Annual report on the working of the Harcourt Butler Institute of Public Health, Rangoon
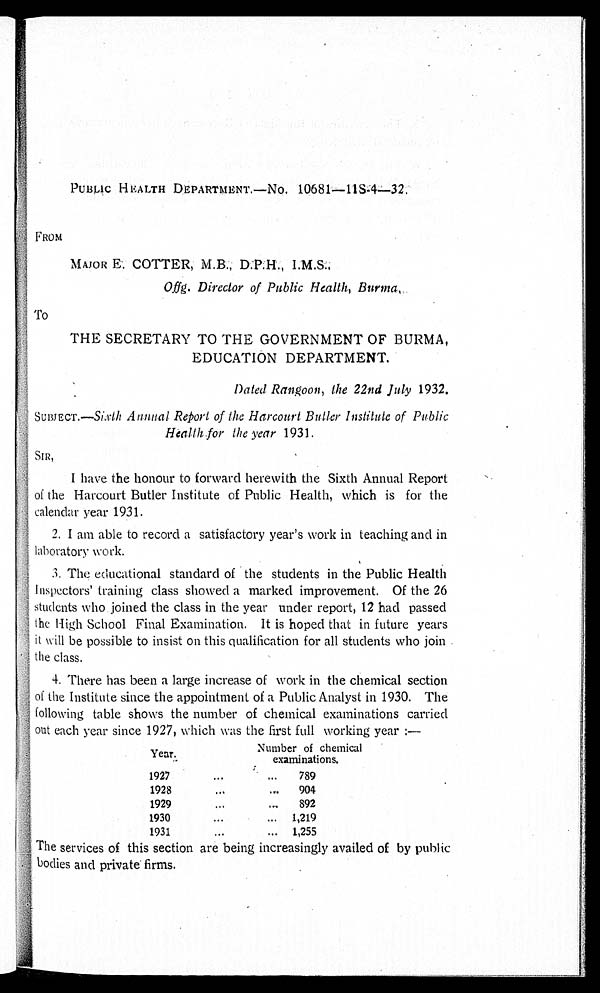
PUBLIC HEALTH DEPARTMENT.—NO. 10681—118.4—32
.
FROM
MAJO
R E . C O T T E R , M. B . , D . P . H . , I . M. S . ,
Offg. Director of Public Health, Burma.
To
THE SECRETARY TO THE GOVERNMENT OF BURMA,
EDUCATION DEPARTMENT.
Dated Rangoon, the 22nd July 1932.
SUBJECT.—Sixth Annual Report of the Harcourt Butler Institute of Public
Health, for the year 1931.
SIR,
I have the honour to forward herewith the Sixth Annual Report
o f t h e H a r c o u r t B u t l e r I n s t i t u t e o f P u b l i c H e a l t h , w h i c h i s f o r t h e
calendar year 1931.
2. I am able to record a satisfactory year's work in teaching and in
laboratory work.
3.The educational standard of the students in the Public Health
Inspectors' training class showed a marked improvement. Of the 26
students who joined the class in the year under report, 12 had passed
the High School Final Examination. It is hoped that in future years
it will be possible to insist on this qualification for all students who join
the class.
4. There has been a large increase of work in the chemical section
of the Institute since the appointment of a Public Analyst in 1930. The
following table shows the number of chemical examinations carried
out each year since 1927, which was the first full working year :—
Year.
Number of chemical
examinations.
1927
. . .
789
1928. ..
904
1929...
892
1930
. . .
1,219
1931
. . .
1,255
The services of this section are being increasingly availed of by public
bodies and private firms.